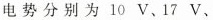
电势分别为10V、17V、